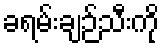
ခရမ်းချဉ်သီးကို